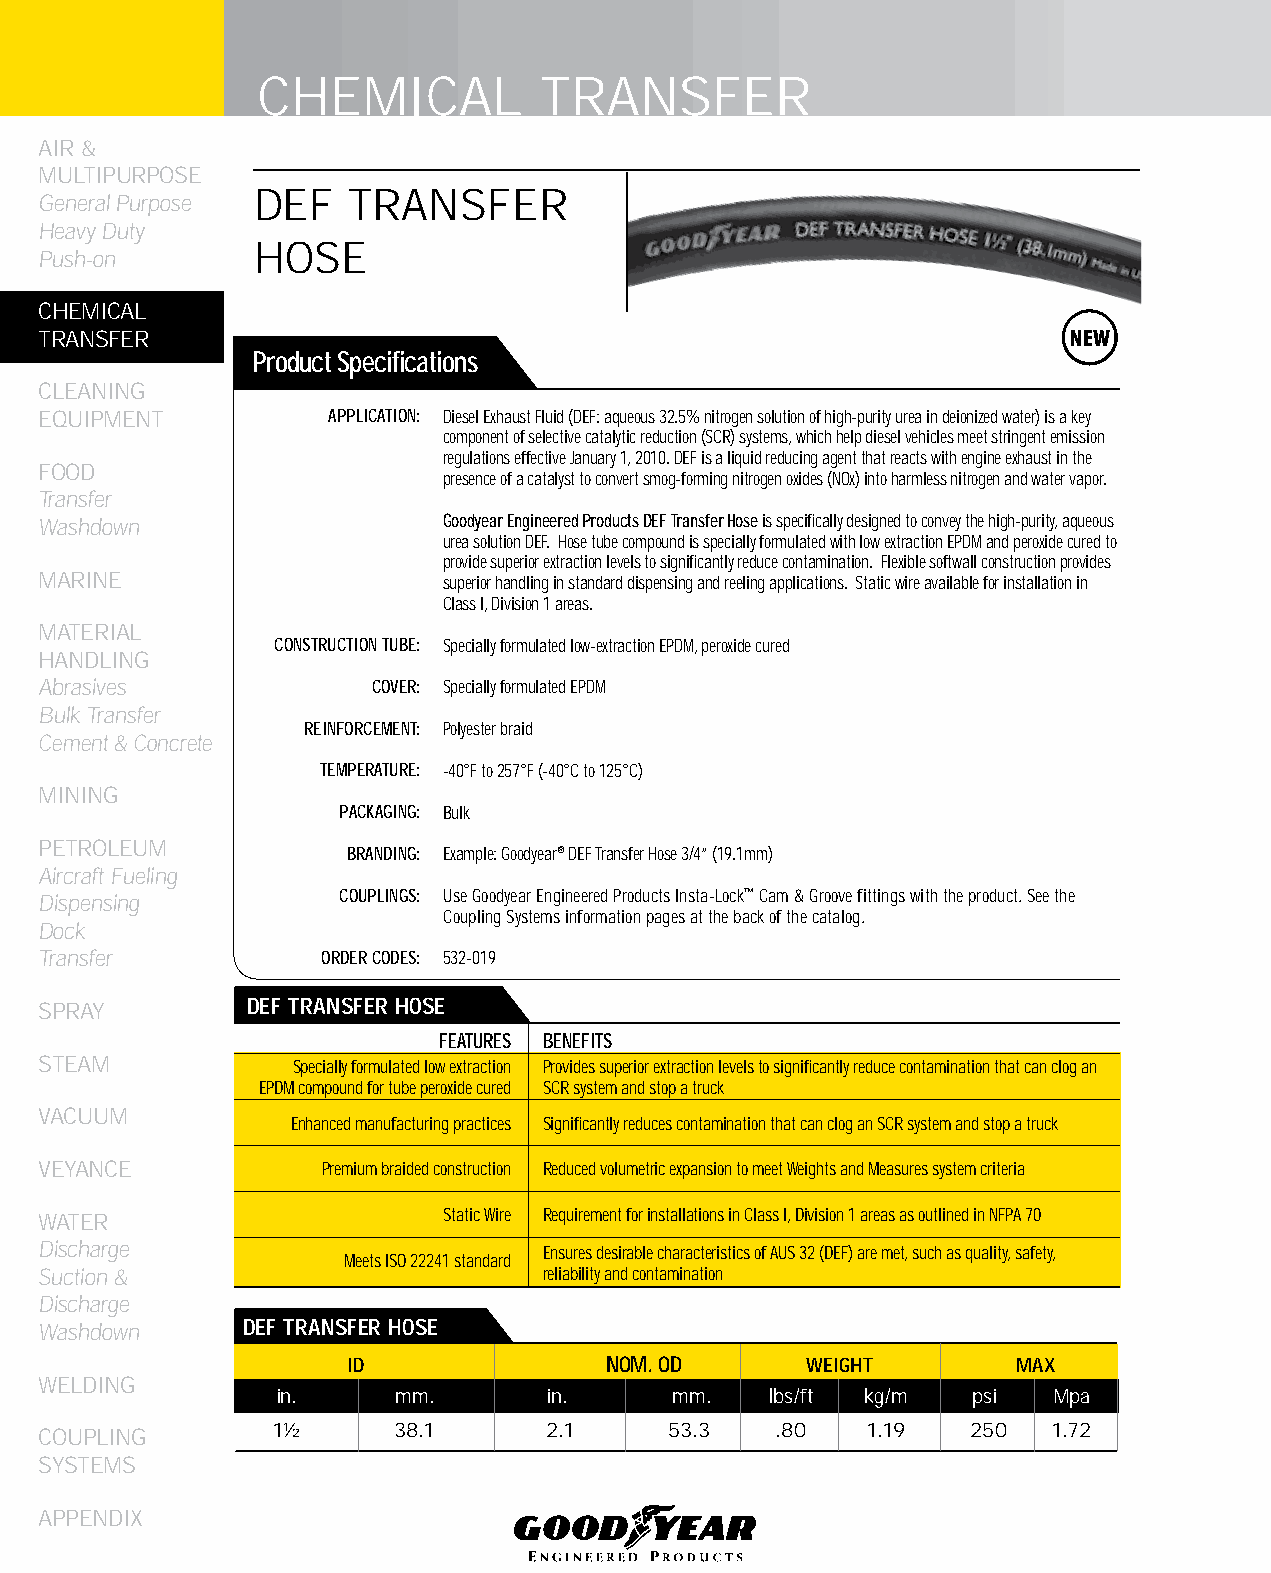
CHEMICAL           TRANSFER
 AIR &
 MULTIPURPOSE
 DEF   TRANSFER
 General Purpose
 Heavy Duty
 HOSE
 Push-on
 CHEMICAL
 TRANSFER
 Product Specifications
 CLEANING
 EqUIPMENT          APPLICATION: Diesel Exhaust Fluid (DEF: aqueous 32.5% nitrogen solution of high-purity urea in deionized water) is a key
 component of selective catalytic reduction (SCR) systems, which help diesel vehicles meet stringent emission
 regulations effective January 1, 2010. DEF is a liquid reducing agent that reacts with engine exhaust in the
 FOOD
 presence of a catalyst to convert smog-forming nitrogen oxides (NOx) into harmless nitrogen and water vapor.
 Transfer
 Washdown                  Goodyear Engineered Products DEF Transfer Hose is specifically designed to convey the high-purity, aqueous
 urea solution DEF. Hose tube compound is specially formulated with low extraction EPDM and peroxide cured to
 provide superior extraction levels to significantly reduce contamination. Flexible softwall construction provides
 MARINE                    superior handling in standard dispensing and reeling applications. Static wire available for installation in
 Class I, Division 1 areas.
 MATERIAL
 CONSTRUCTION TUBE: Specially formulated low-extraction EPDM, peroxide cured
 HANDLING
 Abrasives             COVER: Specially formulated EPDM
 Bulk Transfer
 REINFORCEMENT: Polyester braid
 Cement & Concrete
 TEMPERATURE: -40°F to 257°F (-40°C to 125°C)
 MINING
 PACKAGING: Bulk
 PETROLEUM
 BRANDING: Example: Goodyear® DEF Transfer Hose 3/4” (19.1mm)
 Aircraft Fueling
 Dispensing          COUPLINGS: Use Goodyear Engineered Products Insta-Lock™ Cam & Groove fittings with the product. See the
 Coupling Systems information pages at the back of the catalog.
 Dock
 Transfer          ORDER CODES: 532-019
 SPRAY        DEf TRANSfER HOSE
 FEATURES BENEFITS
 STEAM            Specially formulated low extraction Provides superior extraction levels to significantly reduce contamination that can clog an
 EPDM compound for tube peroxide cured SCR system and stop a truck
 VACUUM
 Enhanced manufacturing practices Significantly reduces contamination that can clog an SCR system and stop a truck
 VEYANCE           Premium braided construction Reduced volumetric expansion to meet Weights and Measures system criteria
 WATER                     Static Wire Requirement for installations in Class I, Division 1 areas as outlined in NFPA 70
 Discharge                        Ensures desirable characteristics of AUS 32 (DEF) are met, such as quality, safety,
 Meets ISO 22241 standard
 Suction &                        reliability and contamination
 Discharge
 Washdown     DEf TRANSfER HOSE
 ID               NOM. OD      WEIGHT        MAX
 WELDING
 in.     mm.       in.      mm.   lbs/ft kg/m  psi   Mpa
 COUPLING       1½      38.1      2.1     53.3   .80   1.19   250   1.72
 SYSTEMS
 APPENDIX
 52